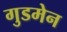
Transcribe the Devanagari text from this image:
गुडमेन